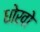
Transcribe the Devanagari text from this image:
धोखो